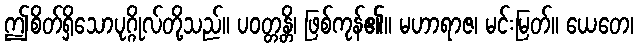
ဤစိတ်ရှိသောပုဂ္ဂိုလ်တို့သည်။ ပဝတ္တန္တိ၊ ဖြစ်ကုန်၏။ မဟာရာဇ၊ မင်းမြတ်။ ယေတေ၊